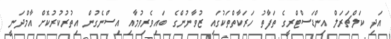
އަދި ކަލްޗަރަލް އިންޑަސްޓްރީގެ ތަފާތު ހަރަކާތްތަކުގައި ޒުވާނުންގެ ބައިވެރިވުމާއި އިސްނެގުން އިތުރުކުރުކޮށް އާމްދަނީ